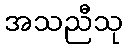
အသညီသု